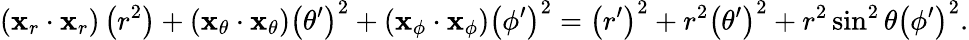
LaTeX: \left(\mathbf{x}_{r}\cdot\mathbf{x}_{r}\right)\left(r^{2}\right)+\left(\mathbf{x}_{\theta}\cdot\mathbf{x}_{\theta}\right)\left(\theta^{\prime}\right)^{2}+\left(\mathbf{x}_{\phi}\cdot\mathbf{x}_{\phi}\right)\left(\phi^{\prime}\right)^{2}=\left(r^{\prime}\right)^{2}+r^{2}\left(\theta^{\prime}\right)^{2}+r^{2}\sin^{2}\theta\left(\phi^{\prime}\right)^{2}.